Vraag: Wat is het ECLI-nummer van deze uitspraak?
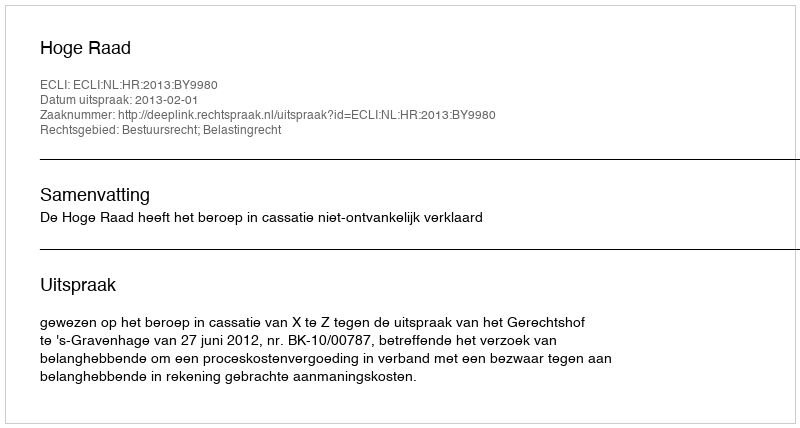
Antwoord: ECLI:NL:HR:2013:BY9980